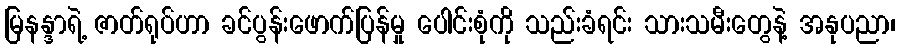
မြနန္ဒာရဲ့ ဇာတ်ရုပ်ဟာ ခင်ပွန်းဖောက်ပြန်မှု ပေါင်းစုံကို သည်းခံရင်း သားသမီးတွေနဲ့ အနုပညာ၊